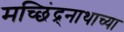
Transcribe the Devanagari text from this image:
मच्छिंद्र्नाथाच्या